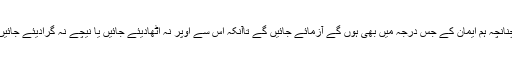
چنانچہ ہم ایمان کے جس درجہ میں بھی ہوں گے آزمائے جائیں گے تاآنکہ اس سے اوپر نہ اٹھادیئے جائیں یا نیچے نہ گرادیئے جائیں۔